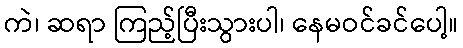
ကဲ၊ ဆရာ ကြည့်ပြီးသွားပါ၊ နေမဝင်ခင်ပေါ့။